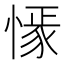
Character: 𢠟